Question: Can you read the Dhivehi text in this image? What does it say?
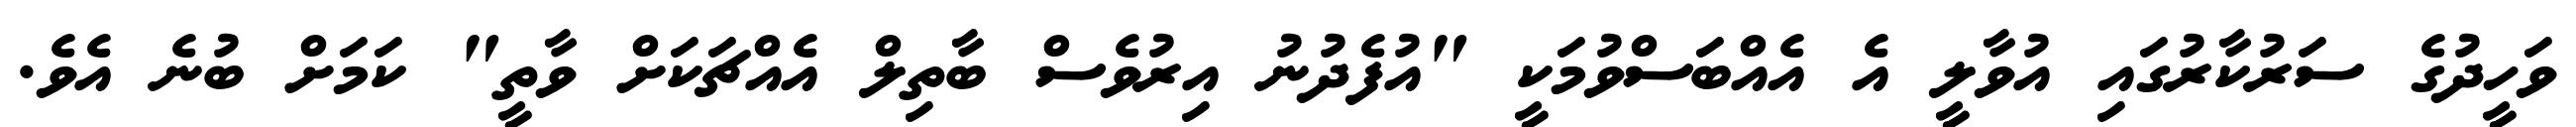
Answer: ވަހީދުގެ ސަރުކާރުގައި އުވާލީ އެ އެއްބަސްވުމަކީ "އުފެދުނު އިރުވެސް ބާތިލް އެއްޗަކަށް ވާތީ" ކަމަށް ބުނެ އެވެ.